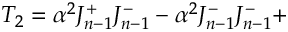
T _ { 2 } = \alpha ^ { 2 } J _ { n - 1 } ^ { + } J _ { n - 1 } ^ { - } - \alpha ^ { 2 } J _ { n - 1 } ^ { - } J _ { n - 1 } ^ { - } +